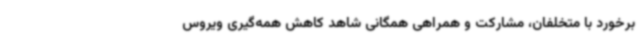
برخورد با متخلفان، مشارکت و همراهی همگانی شاهد کاهش همه‌گیری ویروس